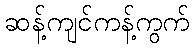
ဆန့်ကျင်ကန့်ကွက်